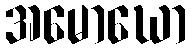
အမောဃော